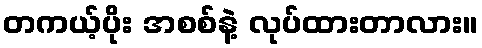
တကယ့်ပိုး အစစ်နဲ့ လုပ်ထားတာလား။